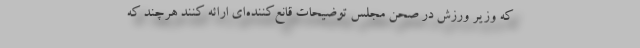
که وزیر ورزش در صحن مجلس توضیحات قانع‌کننده‌ای ارائه کنند هرچند که